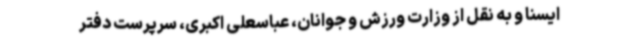
ایسنا و به نقل از وزارت ورزش و جوانان، عباسعلی اکبری، سرپرست دفتر